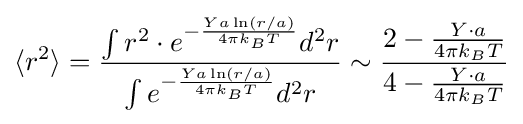
\langle r^{2}\rangle ={\frac {\int r^{2}\cdot e^{-{\frac {Ya\ln(r/a)}{4\pi k_{B}T}}}d^{2}r}{\int e^{-{\frac {Ya\ln(r/a)}{4\pi k_{B}T}}}d^{2}r}}\sim {\frac {2-{\frac {Y\cdot a}{4\pi k_{B}T}}}{4-{\frac {Y\cdot a}{4\pi k_{B}T}}}}